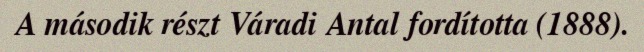
A második részt Váradi Antal fordította (1888).